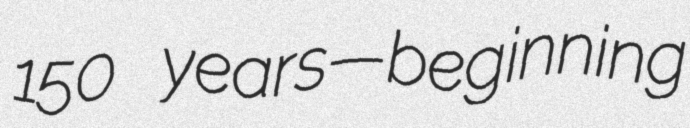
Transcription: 150 years—beginning